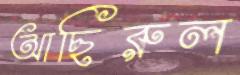
আছিরুল